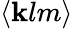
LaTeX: \langle\mathbf{k}lm\rangle